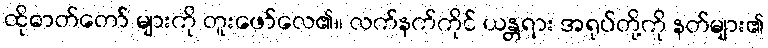
ထိုဓာတ်တော် များကို တူးဖော်လေ၏။ လက်နက်ကိုင် ယန္တရား အရုပ်တို့ကို နတ်များ၏